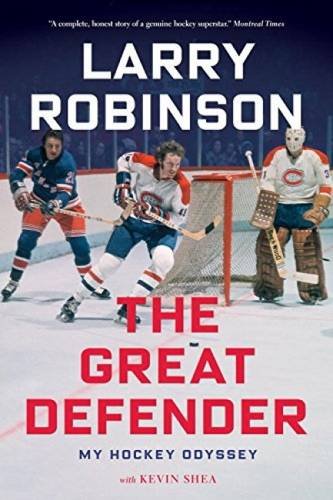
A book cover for The Great Defender: My Hockey Odyssey; Larry Robinson; Biographies & Memoirs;